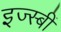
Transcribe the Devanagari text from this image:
इज्स्बीं